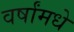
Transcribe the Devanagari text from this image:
वर्षांमधे